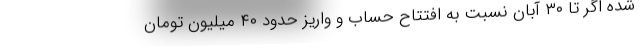
شده اگر تا ۳۰ آبان نسبت به افتتاح حساب و واریز حدود ۴۰ میلیون تومان